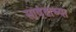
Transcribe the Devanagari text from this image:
सावंताच्या